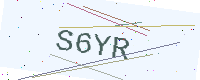
Text: S6YR